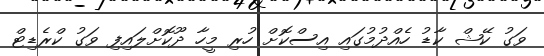
ވަގު ކޭޝް ކާޑު ހެއްދުމުގައި އިސްކޮށް ހުރި މީހާ ދޫކޮށްލައިފި ވަގު ކްރެޑިޓް